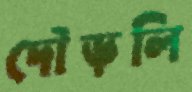
দৌড়লি